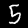
Digit: 5